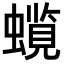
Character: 𧒋